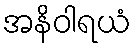
အနိဝါရယံ